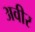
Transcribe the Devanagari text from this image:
अवीर